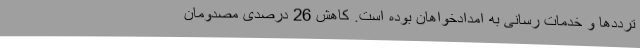
ترددها و خدمات رسانی به امدادخواهان بوده است. کاهش 26 درصدی مصدومان